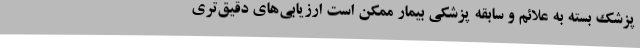
پزشک بسته به علائم و سابقه پزشکی بیمار ممکن است ارزیابی‌های دقیق‌تری